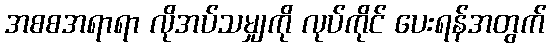
အစစအရာရာ လိုအပ်သမျှကို လုပ်ကိုင် ပေးရန်အတွက်